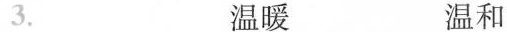
3. 温暖 温和